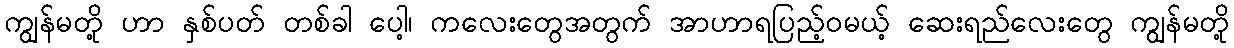
ကျွန်မတို့ ဟာ နှစ်ပတ် တစ်ခါ ပေါ့၊ ကလေးတွေအတွက် အာဟာရပြည့်ဝမယ့် ဆေးရည်လေးတွေ ကျွန်မတို့